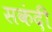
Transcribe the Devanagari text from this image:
सकंदी